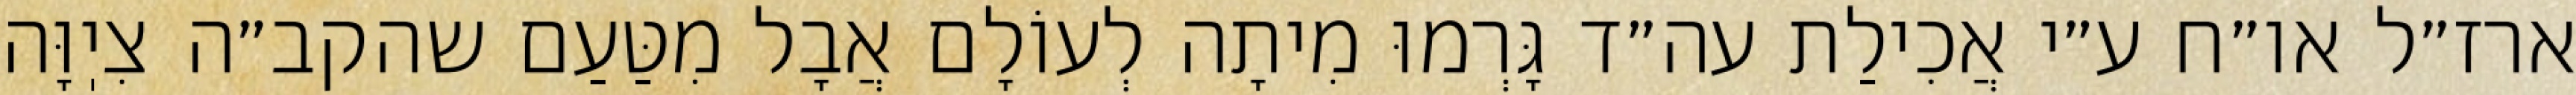
ארז״ל או״ח ע״י אֲכִילַת עה״ד גָּרְמוּ מִיתָה לְעוֹלָם אֲבָל מִטַּעַם שהקב״ה צִיֽוָּה